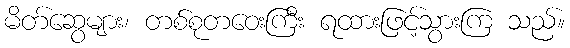
မိတ်ဆွေများ၊ တစ်စုတဝေးကြီး ရထားဖြင့်သွားကြ သည်။